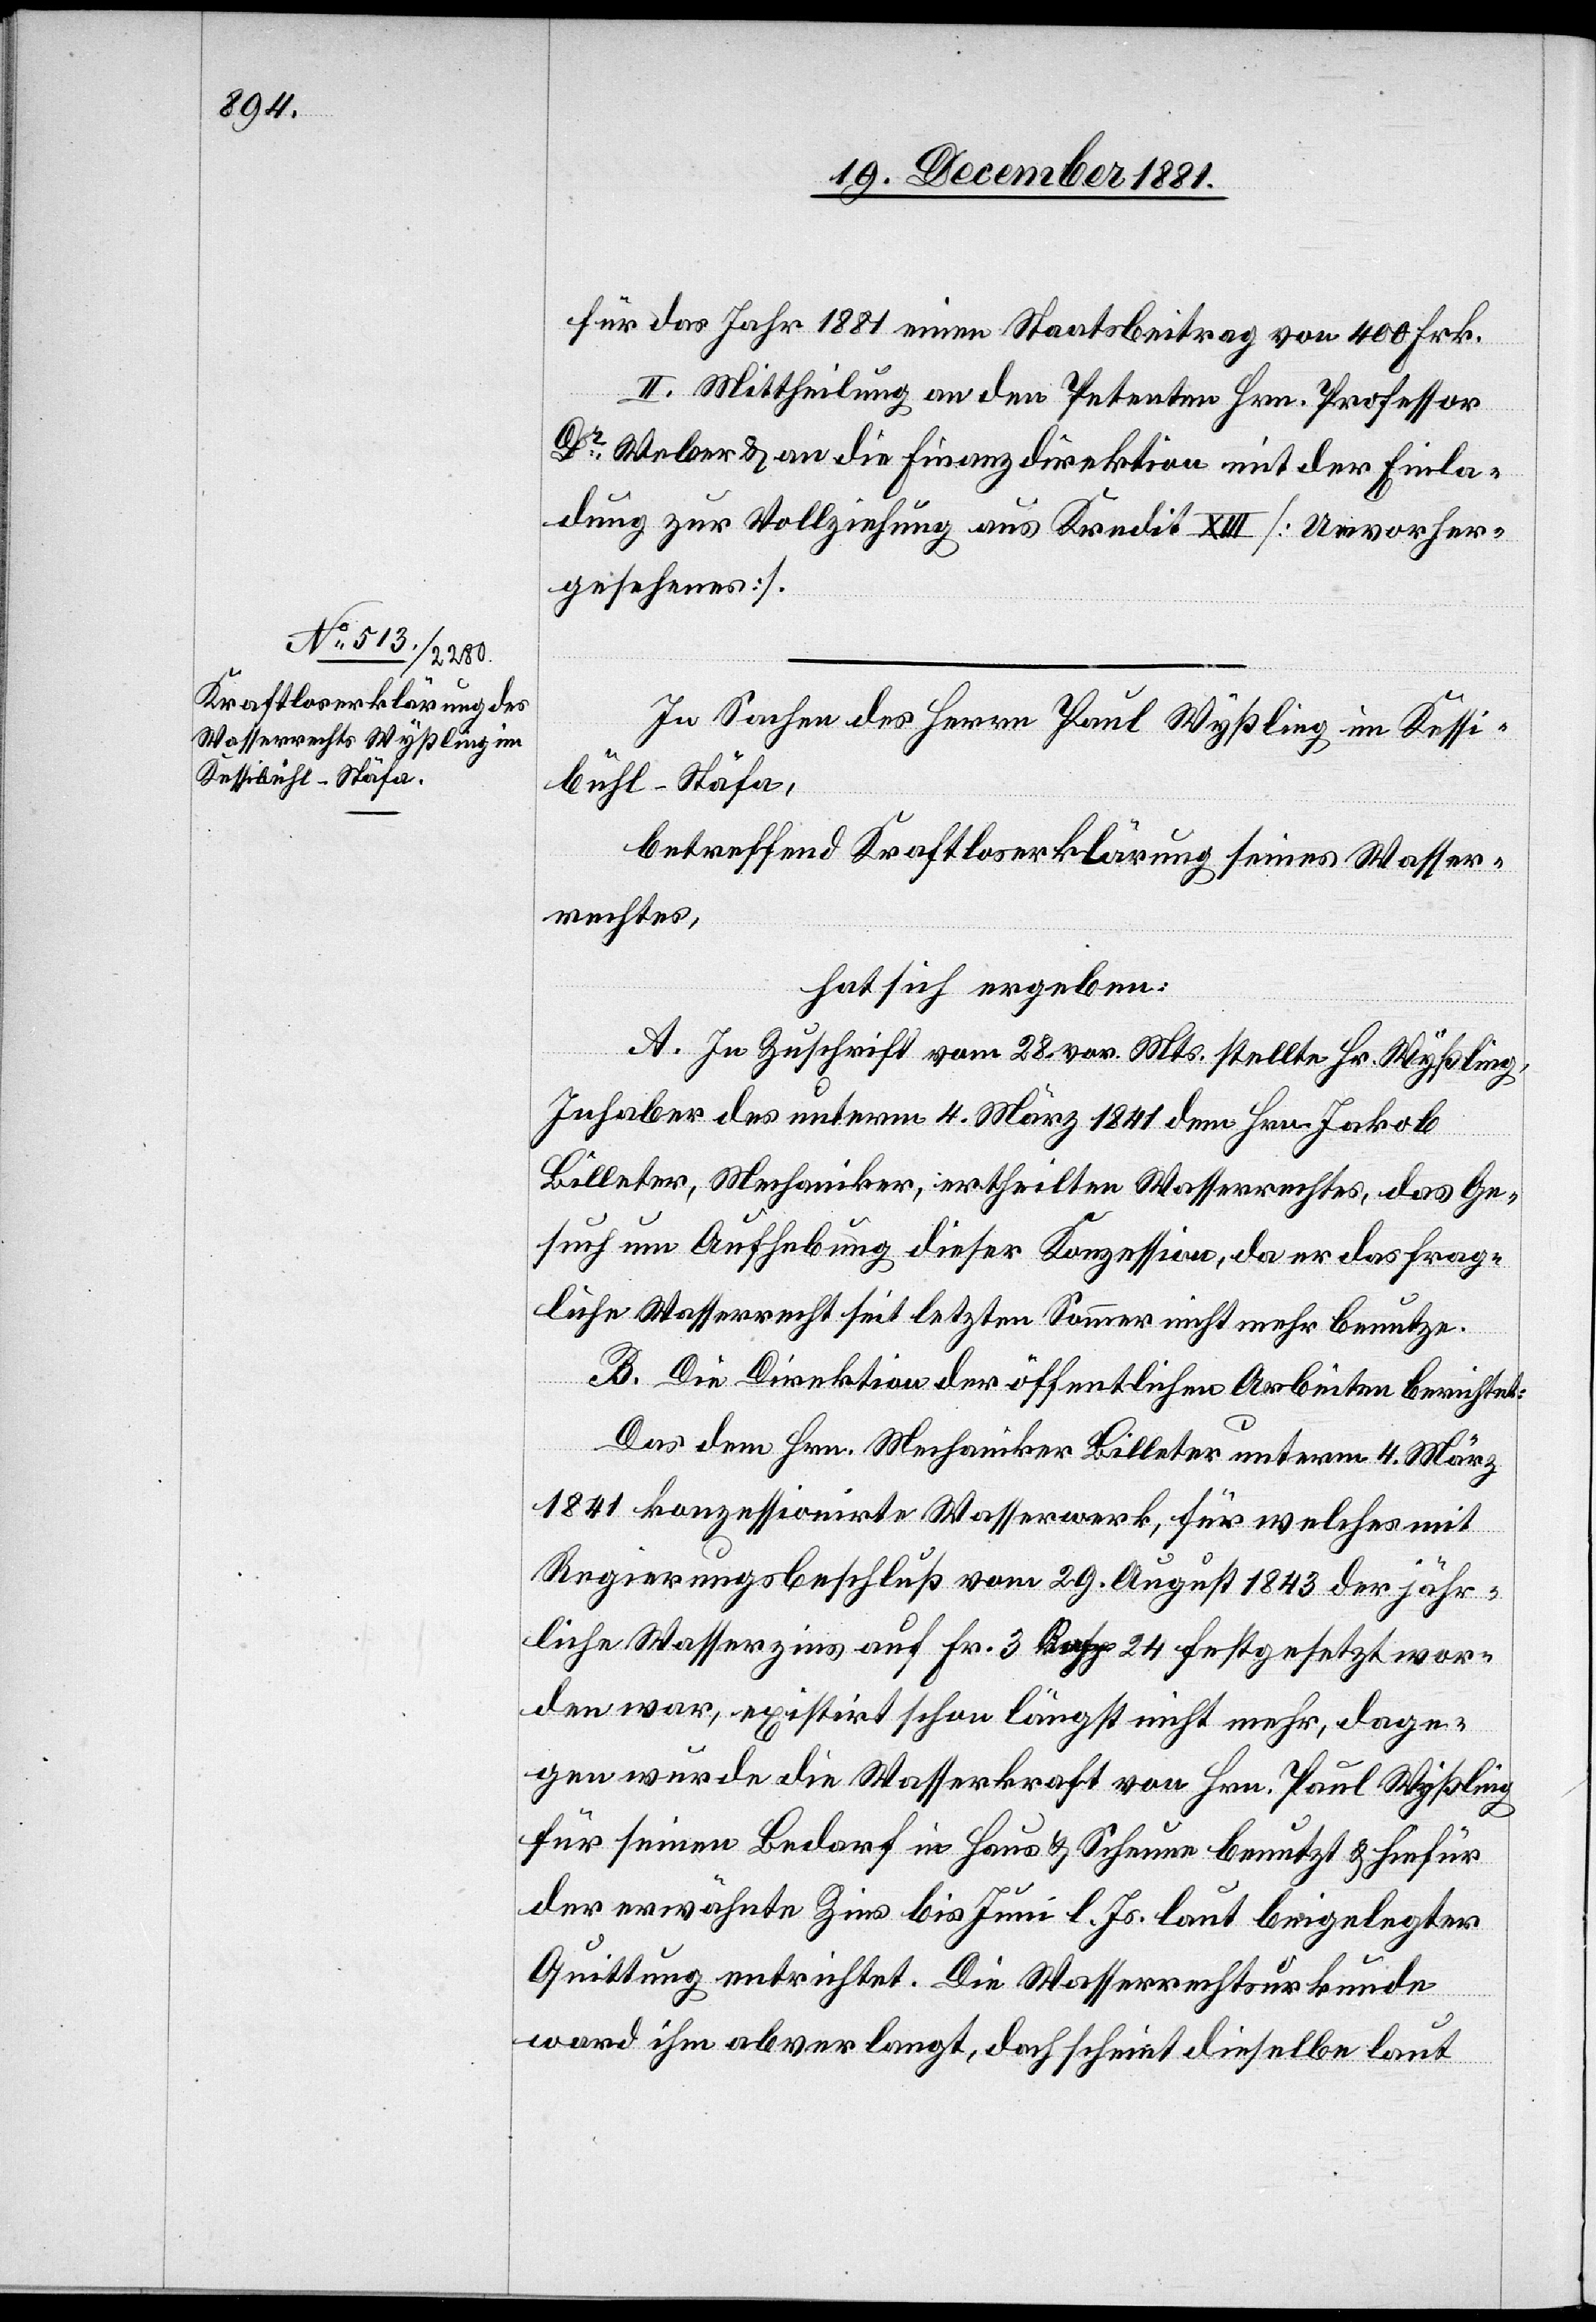
für das Jahr 1881 einen Staatsbeitrag von 400 Frk.
II. Mittheilung an den Petenten Hrn. Professor
Dr Weber & an die Finanzdirektion mit der Einla¬
dung zur Vollziehung aus Kredit XIII [Unvorher¬
gesehenes].
In Sachen des Herrn Paul Wyßling im Kessi¬
bühl - Stäfa,
betreffend Kraftloserklärung seines Wasser¬
rechtes,
hat sich ergeben:
A. In Zuschrift vom 28. vor. Mts. stellte Hr. Wyßling,
Inhaber den unterm 4. März 1841 dem Hrn. Jakob
Billeter, Mechaniker, ertheilten Wasserrechtes, das Ge¬
such um Aufhebung dieser Konzession, da er das frag¬
liche Wasserrecht seit letzten Sommer nicht mehr benutze.
B. Die Direktion der öffentlichen Arbeiten berichtet:
Das dem Hrn. Mechaniker Billeter unterm 4. März
1841 konzessionirte Wasserwerk, für welches mit
Regierungsbeschluß vom 29. August 1843 der jähr¬
liche Wasserzins auf Fr. 3 Rapp. 24 festgesetzt wor¬
den war, existirt schon längst nicht mehr, dage¬
gen wurde die Wasserkraft von Hrn. Paul Wyßling
für seinen Bedarf in Haus & Scheune benutzt & hiefür
der erwähnte Zins bis Juni l. Js. laut beigelegter
Quittung entrichtet. Die Wasserrechtsurkunde
war ihm abverlangt, doch scheint dieselbe laut